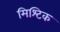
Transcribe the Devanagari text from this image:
मिश्टिक